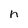
Character: n